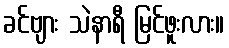
ခင်ဗျား သဲနာရီ မြင်ဖူးလား။